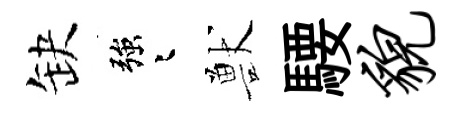
缺強迢獸騕貌